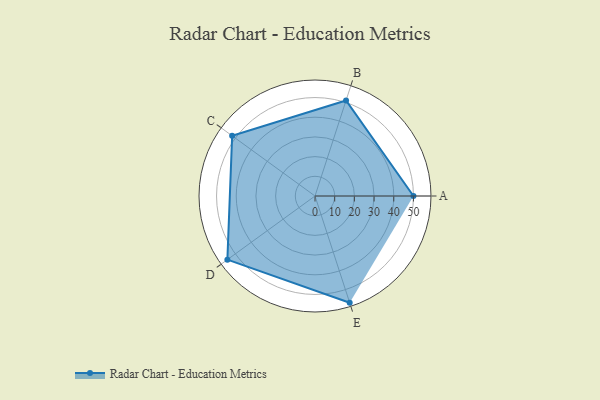
{"axis": {"x": "Skill", "y": "Score"}, "legend": ["Profile"], "data": [{"x": "A", "y": 50.0, "type": "Profile"}, {"x": "B", "y": 51.0, "type": "Profile"}, {"x": "C", "y": 52.0, "type": "Profile"}, {"x": "D", "y": 55.0, "type": "Profile"}, {"x": "E", "y": 57.0, "type": "Profile"}]}